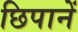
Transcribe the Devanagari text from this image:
छिपानें